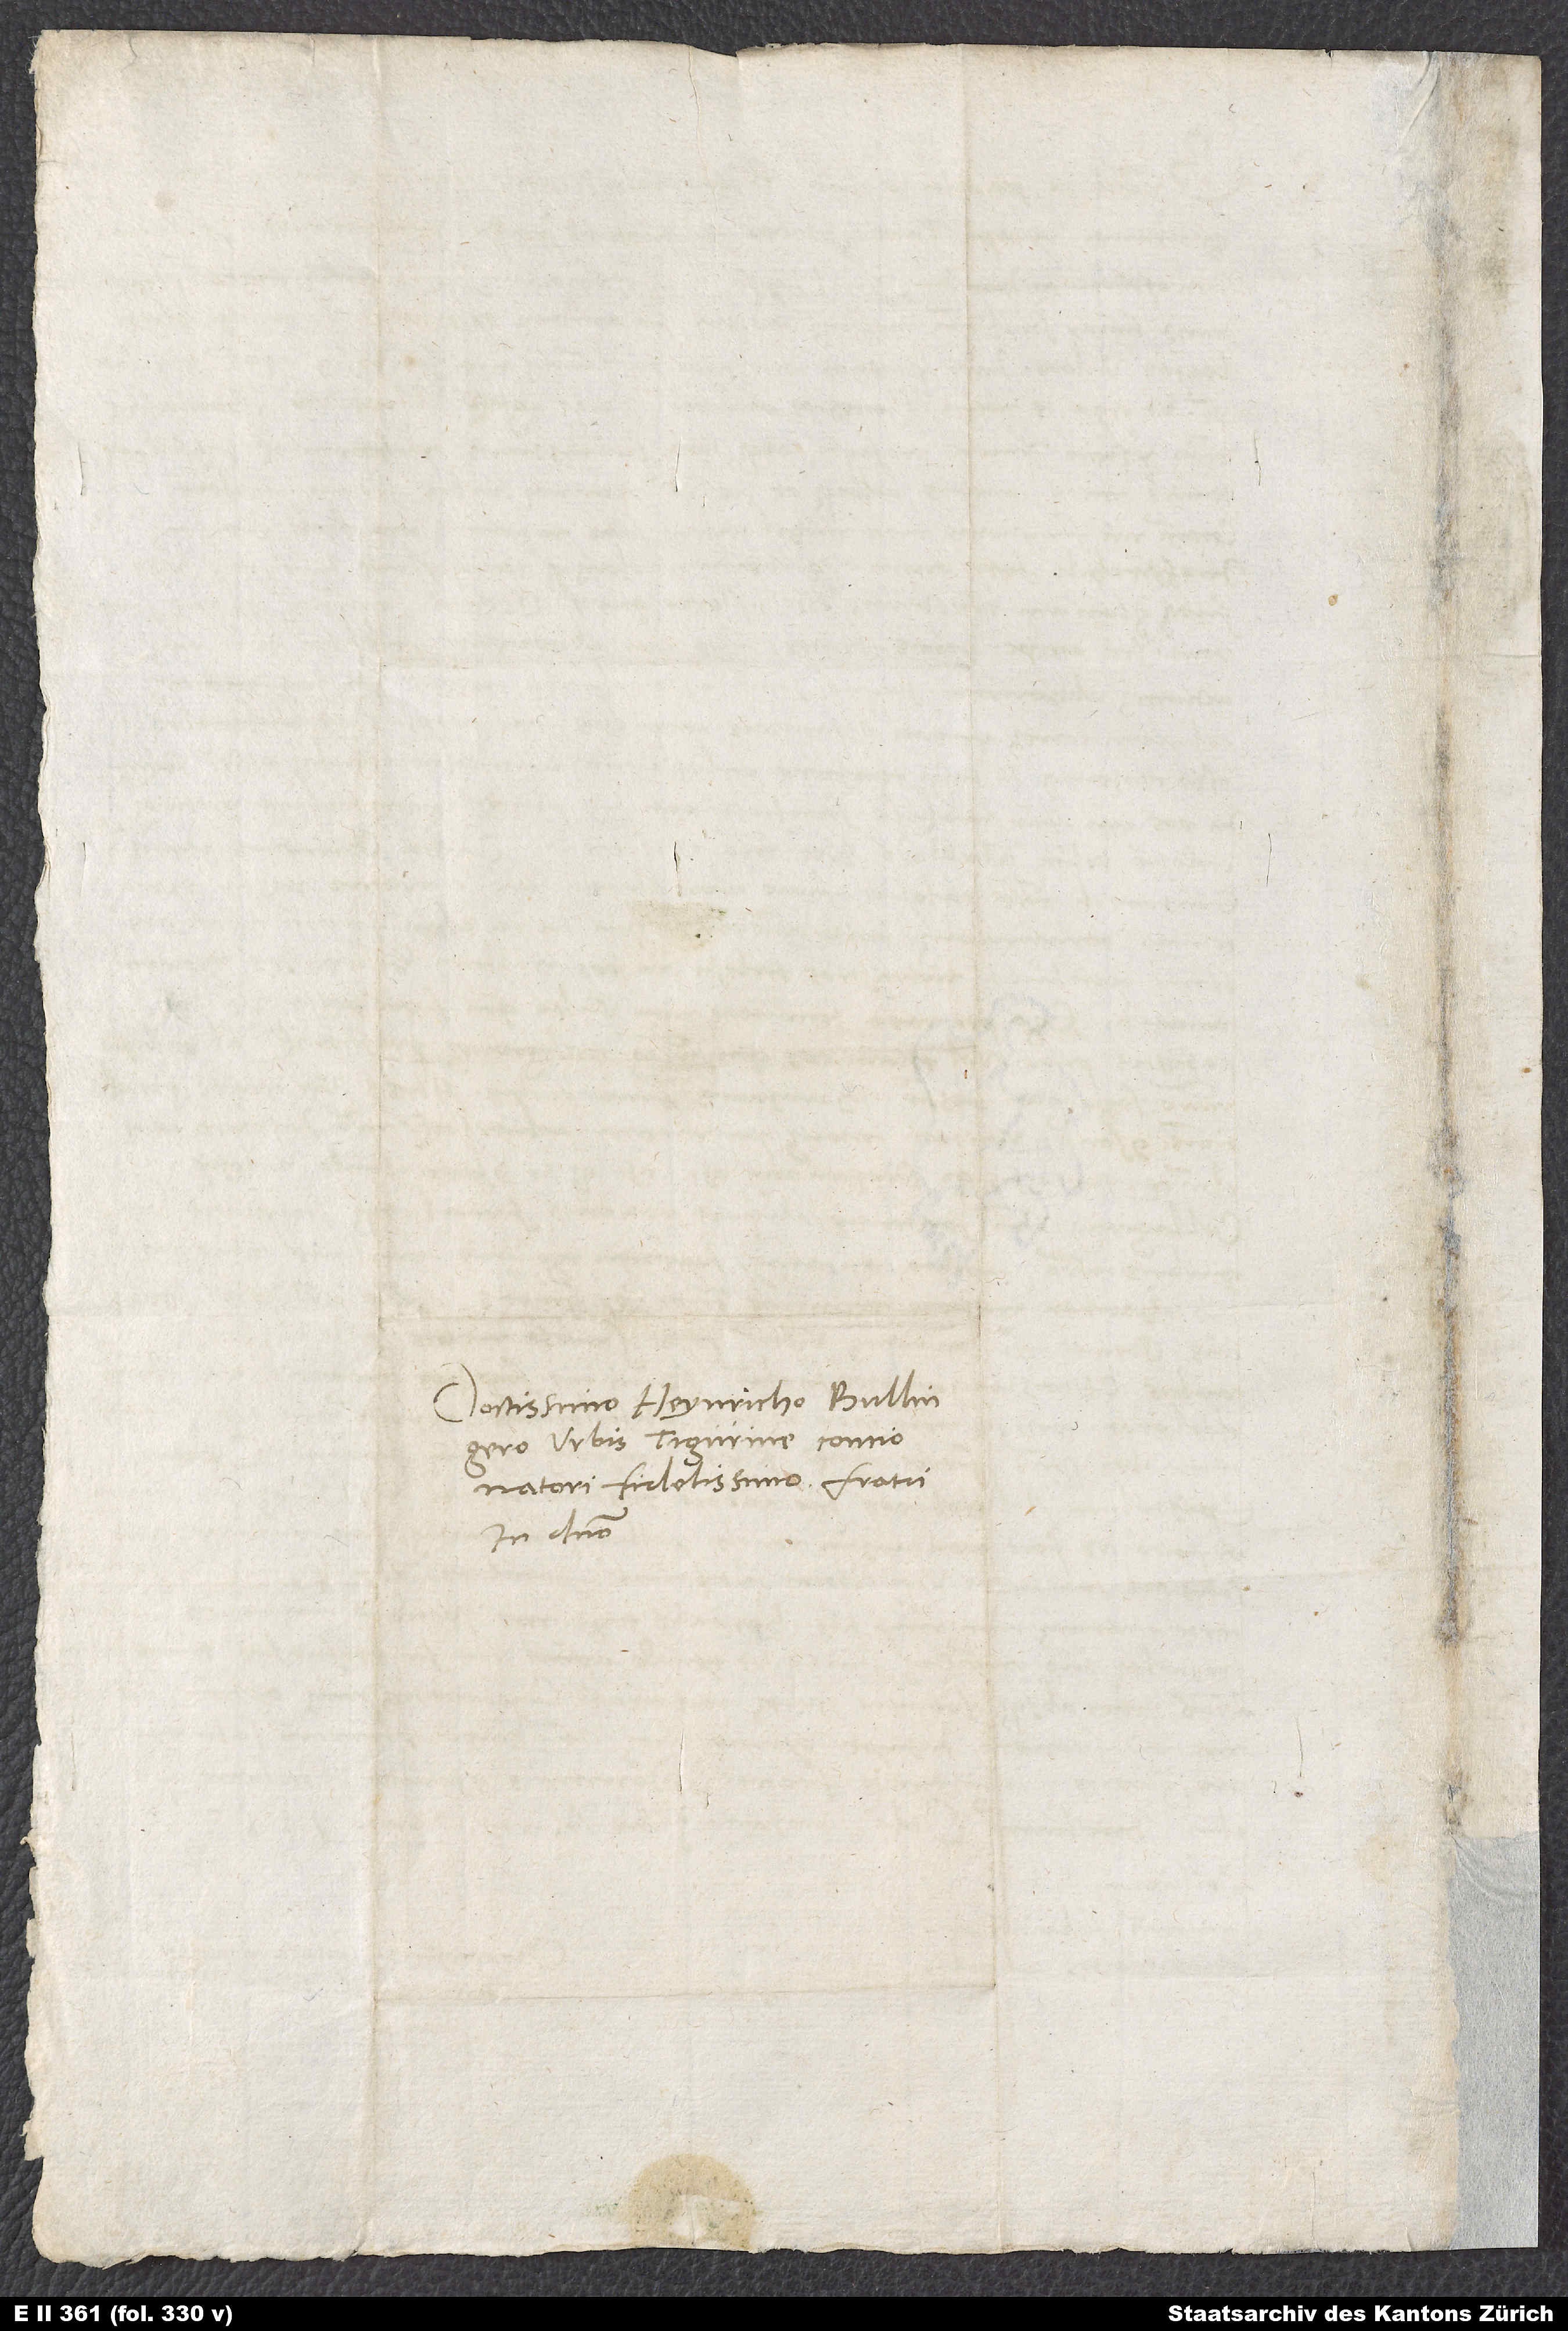
Doctissimo Heynricho Bullingero,
urbis Tigurine concionatori,
fidelissimo fratri
in domino